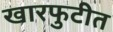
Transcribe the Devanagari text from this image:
खारफुटीत